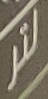
لتر